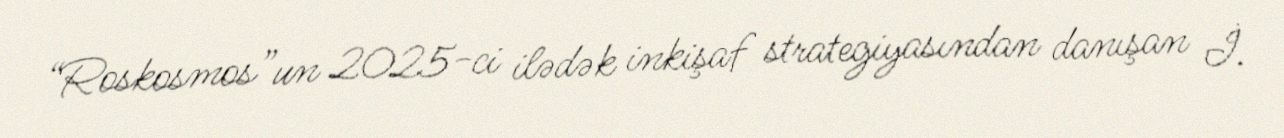
“Roskosmos”un 2025-ci ilədək inkişaf strategiyasından danışan İ.